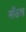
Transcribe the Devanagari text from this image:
साँतवा